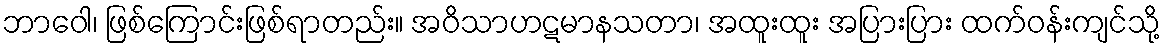
ဘာဝေါ၊ ဖြစ်ကြောင်းဖြစ်ရာတည်း။ အဝိသာဟဋမာနသတာ၊ အထူးထူး အပြားပြား ထက်ဝန်းကျင်သို့